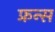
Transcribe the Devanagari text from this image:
फ्रन्स